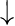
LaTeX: \downarrow